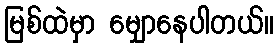
မြစ်ထဲမှာ မျှောနေပါတယ်။